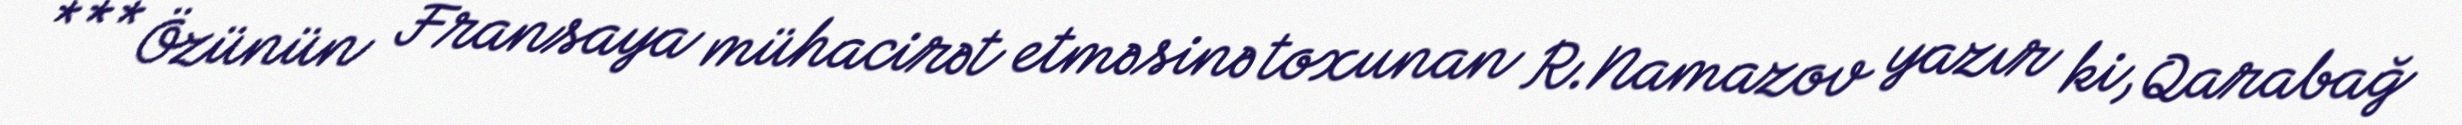
*** Özünün Fransaya mühacirət etməsinə toxunan R.Namazov yazır ki, Qarabağ